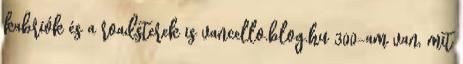
kabriók és a roadsterek is vancello.blog.hu 300-am van, mit